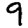
Digit: 9